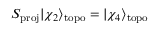
S _ { \mathrm { p r o j } } | \chi _ { 2 } \rangle _ { \mathrm { t o p o } } = | \chi _ { 4 } \rangle _ { \mathrm { t o p o } }